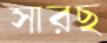
সারছ